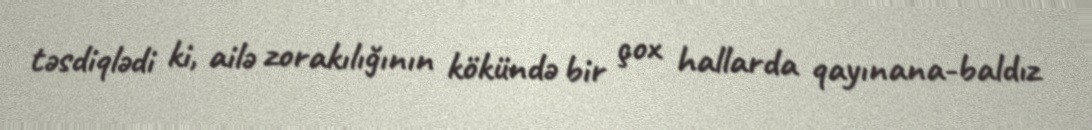
təsdiqlədi ki, ailə zorakılığının kökündə bir çox hallarda qayınana-baldız